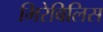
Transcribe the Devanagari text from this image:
मिरेबिलिस